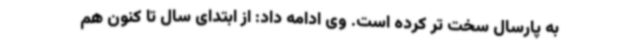
به پارسال سخت تر کرده است. وی ادامه داد: از ابتدای سال تا کنون هم